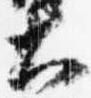
大